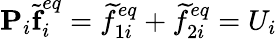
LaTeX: \textbf{P}_{i}\widetilde{\textbf{f}}_{i}^{eq}=\widetilde{f}_{1i}^{eq}+\widetilde{f}_{2i}^{eq}=U_{i}